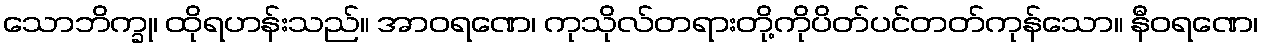
သောဘိက္ခု၊ ထိုရဟန်းသည်။ အာဝရဏေ၊ ကုသိုလ်တရားတို့ကိုပိတ်ပင်တတ်ကုန်သော။ နီဝရဏေ၊